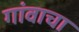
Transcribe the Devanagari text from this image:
गांवाचा